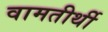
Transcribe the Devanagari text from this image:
वामतीर्थी